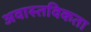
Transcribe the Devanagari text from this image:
अवास्तविकता